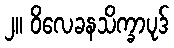
၂။ ဝိလေခနသိက္ခာပုဒ်